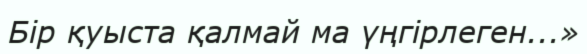
Бір қуыста қалмай ма үңгірлеген...»